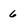
Character: 6